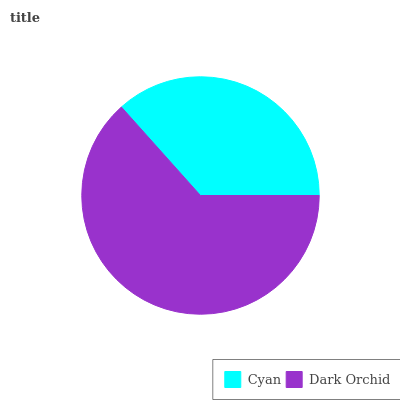
| Cyan | Dark Orchid |
 | --- | --- |
 | 36.6% | 63.4% |